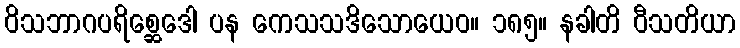
ဝိသဘာဂပရိစ္ဆေဒေါ ပန ကေသသဒိသောယေဝ။ ၁၈၅။ နခါတိ ဝီသတိယာ